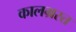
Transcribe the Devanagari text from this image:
कालग्रस्त